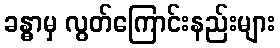
ခန္ဓာမှ လွတ်ကြောင်းနည်းများ